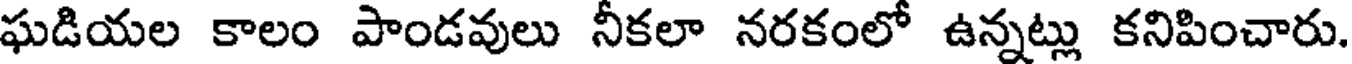
ఘడియల కాలం పాండవులు నీకలా నరకంలో ఉన్నట్లు కనిపించారు